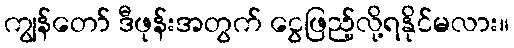
ကျွန်တော် ဒီဖုန်းအတွက် ငွေဖြည့်လို့ရနိုင်မလား။